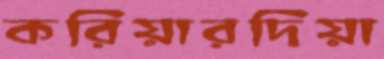
করিয়ারদিয়া